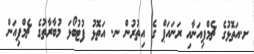
ށ.އަތޮޅުގެ ޗެމްޕިއަނާއި ރަނައަޕް ގެ އިތުރުން ނ. އަތޮޅު ފުޓުބޯޅަ މުބާރާތުގެ ޗެމްޕިއަން